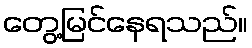
တွေ့မြင်နေရသည်။